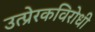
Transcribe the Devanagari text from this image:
उत्प्रेरकविरोधी